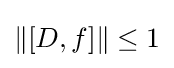
\|[D,f]\|\leq 1